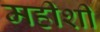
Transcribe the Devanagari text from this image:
महीशी